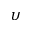
\upsilon